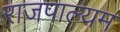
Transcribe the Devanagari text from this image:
राजपाल्यम